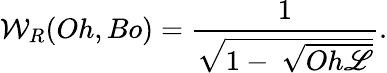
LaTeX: {\mathcal{W}}_{R}(Oh,Bo)=\frac{1}{\sqrt{1-~\sqrt{Oh{\mathscr{L}}}}}.